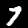
Label: 7